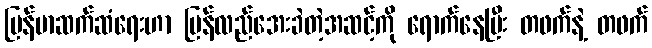
မြန်မာဆက်ဆံရေးဟာ ပြန်လည်အေးခဲတဲ့အဆင့်ကို ရောက်နေပြီး တဖက်နဲ့ တဖက်